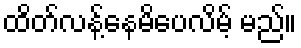
ထိတ်လန့်နေမိပေလိမ့် မည်။